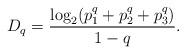
LaTeX: \begin{align*}D_q=\frac{\log_2(p_1^q+p_2^q+p_3^q)}{1-q}.\end{align*}